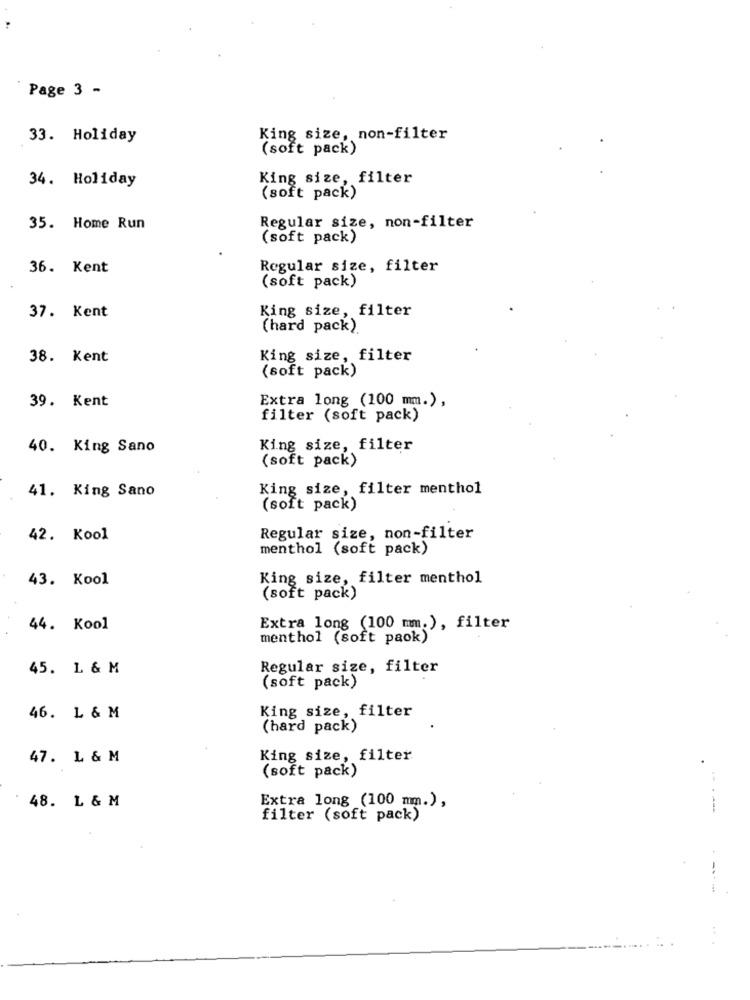
Page 3 -
33. Holiday
King size, non-filter
(soft pack)
34. Holiday
King size, filter
(soft pack)
35. Home Run
Regular size, non-filter
(soft pack)
36. Kent
Regular size, filter
(soft pack)
37. Kent
King size, filter
(hard pack).
38. Kent
King size, filter
(soft pack)
39. Kent
Extra long (100 mm.),
filter (soft pack)
40. King Sano
King size, filter
(soft pack)
41. King Sano
King size, filter menthol
(soft pack)
42. Kool
Regular size, non-filter
menthol (soft pack)
43. Kool
King size, filter menthol
(soft pack)
44. Kool
Extra long (100 mm.), filter
menthol (soft paok)
45. L & M
Regular size, filter
(soft pack)
King size, filter
46. L & M
(hard pack)
47. L & M
King size, filter
(soft pack)
48. L & M
Extra long (100 mm.),
filter (soft pack)